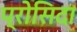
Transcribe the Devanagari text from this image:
प्रोसिदा